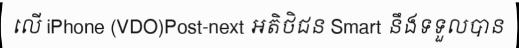
លើ iPhone (VDO)Post-next អតិថិជន Smart នឹងទទួលបាន